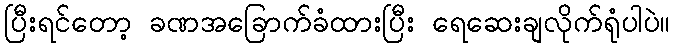
ပြီးရင်တော့ ခဏအခြောက်ခံထားပြီး ရေဆေးချလိုက်ရုံပါပဲ။